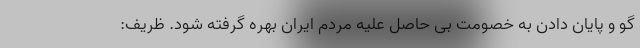
گو و پایان دادن به خصومت بی حاصل علیه مردم ایران بهره گرفته شود. ظریف: